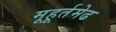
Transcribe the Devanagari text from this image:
मूहूर्तमेढ